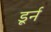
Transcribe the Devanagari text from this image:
डूर्न